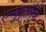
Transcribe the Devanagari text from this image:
एन्यूट्रोनिक